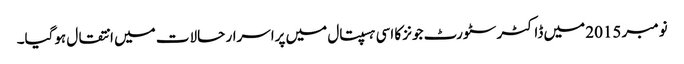
نومبر 2015 میں ڈاکٹر سٹورٹ جونز کا اسی ہسپتال میں پراسرار حالات میں انتقال ہوگیا۔